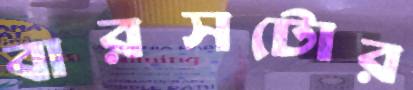
বারসটোর